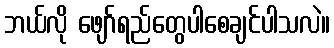
ဘယ်လို ဖျော်ရည်တွေပါစေချင်ပါသလဲ။